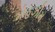
મોહઝીમ